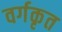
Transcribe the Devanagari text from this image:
वर्गकृत